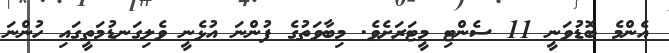
އެންމެ ބޮޑުވަނީ 11 ސެންޓި މީޓަރަށެވެ. މިބާވަތުގެ ފުންނަ އުޅެނީ ވެލިގަނޑުމަތީގައި ހުންނަ